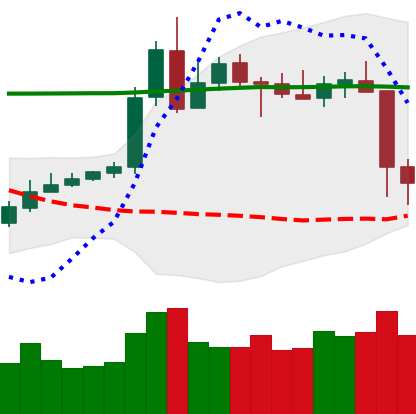
Ticker: XRP-USD
Chart end date: 2020-05-11
Forward return: 3.075%
Label: up_3_5